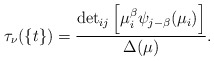
\begin{align*}\tau_\nu(\{t\})=\frac{{{\det}_{ij}\left[\mu_i^\beta\psi_{j-\beta}(\mu_i)\right]}}{\Delta (\mu)}.\end{align*}